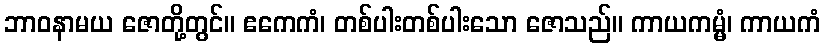
ဘာဝနာမယ ဇောတို့တွင်။ ဧကေကံ၊ တစ်ပါးတစ်ပါးသော ဇောသည်။ ကာယကမ္မံ၊ ကာယကံ